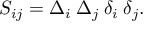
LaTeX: { \cal S } _ { i j } = \Delta _ { i } \: \Delta _ { j } \: \delta _ { i } \: \delta _ { j } .